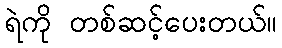
ရဲကို တစ်ဆင့်ပေးတယ်။